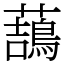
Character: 䕵